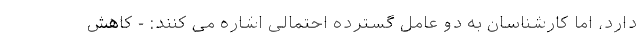
دارد، اما کارشناسان به دو عامل گسترده احتمالی اشاره می کنند: - کاهش